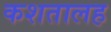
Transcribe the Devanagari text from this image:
कशतालह